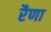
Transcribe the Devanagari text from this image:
रैणा